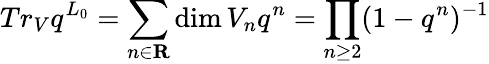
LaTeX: Tr_{V}q^{L_{0}}=\sum_{n\in\mathbf{R}}\dim V_{n}q^{n}=\prod_{n\geq 2}(1-q^{n})^{-1}